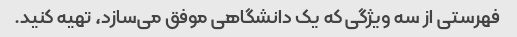
فهرستی از سه ویژگی که یک دانشگاهی موفق می‌سازد، تهیه کنید.